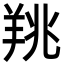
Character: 䍮